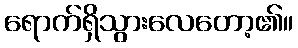
ရောက်ရှိသွားလေတော့၏။